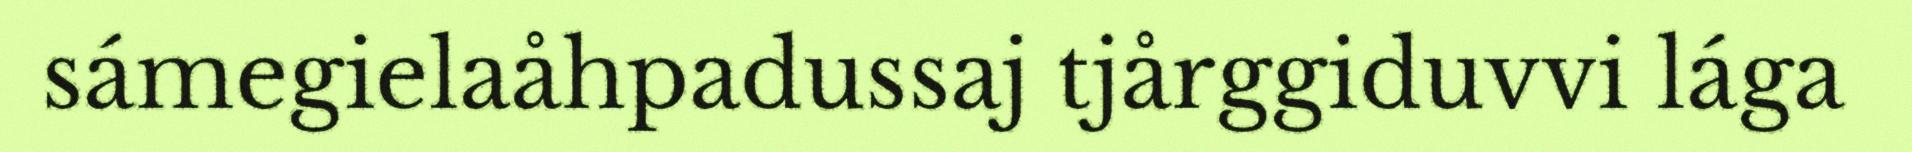
sámegielaåhpadussaj tjårggiduvvi lága